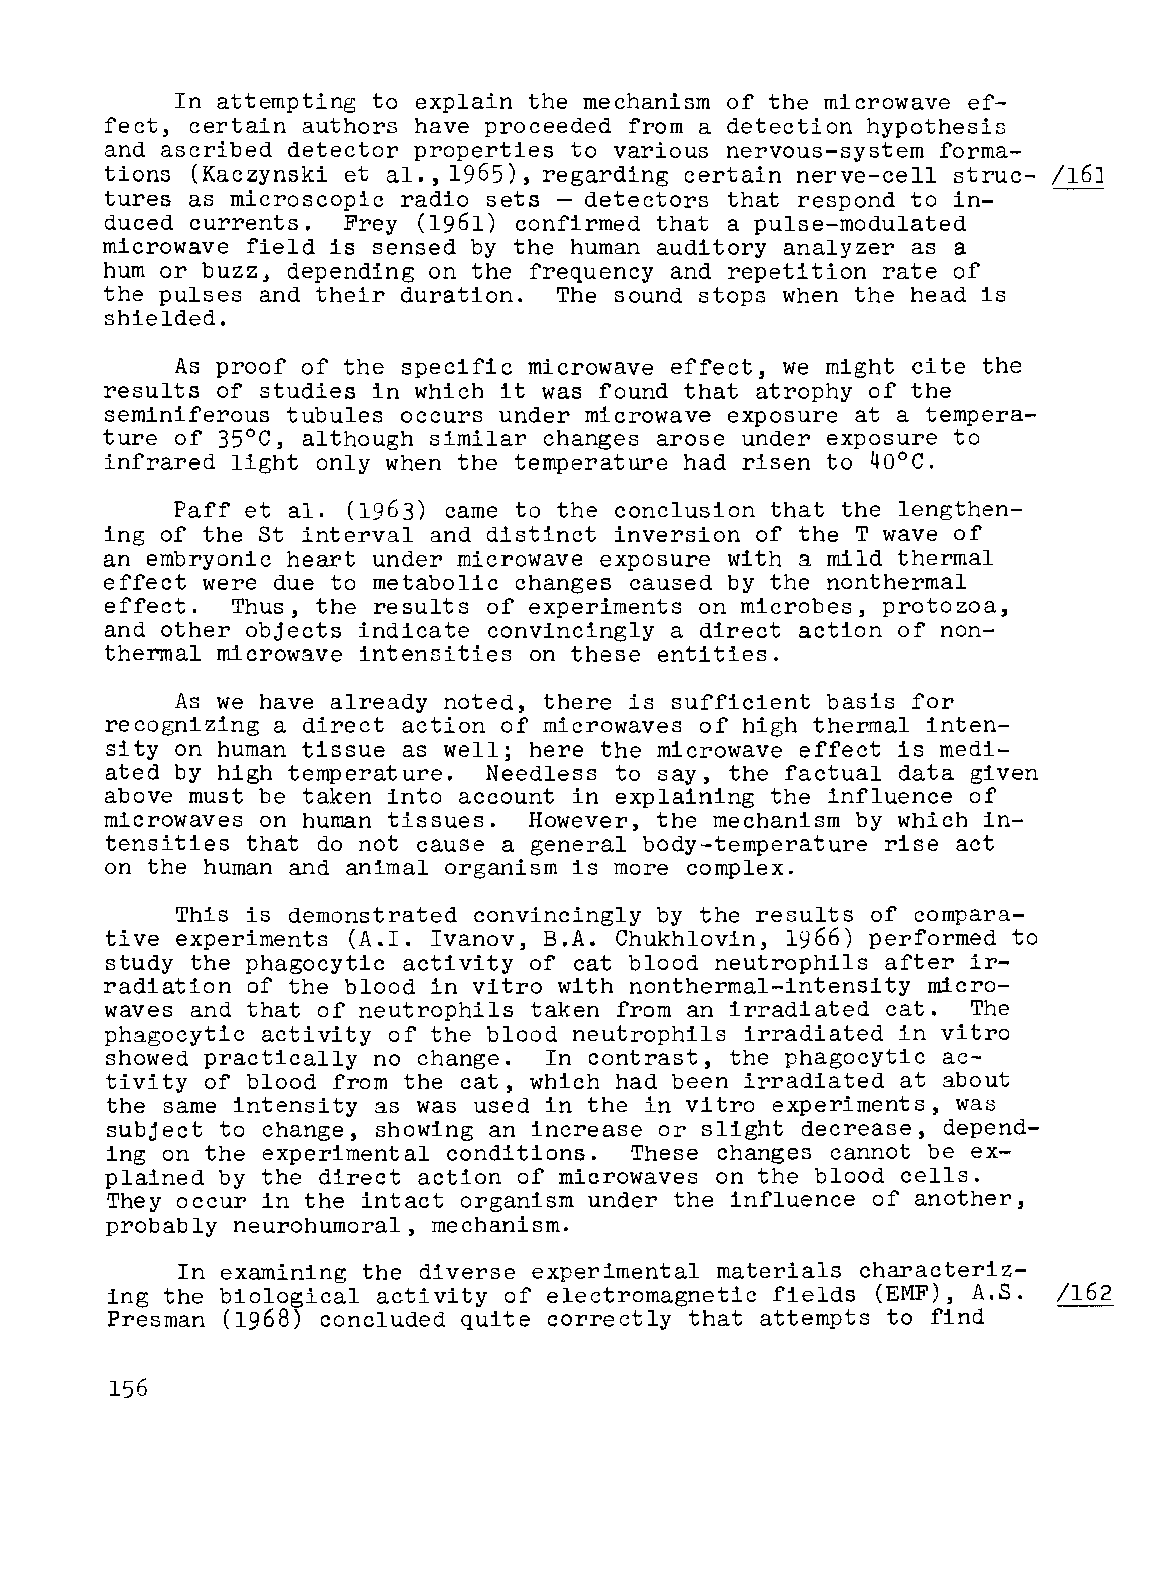
In attempting to explain the mechanism of the microwave ef
 fect, certain authors have proceeded from a detection hypothesis
 and ascribed detector properties to various nervous-system forma
 tions (Kaczynski et al., 1965), regarding certain nerve-cell struc
 tures as microscopic radio sets - detectors that respond to in
 duced currents. Frey (1961) confirmed that a pulse-modulated
 microwave field is sensed by the human auditory analyzer as a
 hum or buzz, depending on the frequency and repetition rate of
 the pulses and their duration. The sound stops when the head is
 shielded.
 As proof of the specific microwave effect, we might cite the
 results of studies in which it was found that atrophy of the
 seminiferous tubules occurs under microwave exposure at a tempera
 ture of 35°C, although similar changes arose under exposure to
 infrared light only when the temperature had risen to 40°C.
 Paff et al. (1963) came to the conclusion that the lengthen
 ing of the St interval and distinct inversion of the T wave of
 an embryonic heart under microwave exposure with a mild thermal
 effect were due to metabolic changes caused by the nonthermal
 effect. Thus, the results of experiments on microbes, protozoa,
 and other objects indicate convincingly a direct action of non
 thermal microwave intensities on these entities.
 As we have already noted, there is sufficient basis for
 recognizing a direct action of microwaves of high thermal inten
 sity on human tissue as well; here the microwave effect is medi
 ated by high temperature. Needless to say, the factual data given
 above must be taken into account in explaining the influence of
 microwaves on human tissues. However, the mechanism by which in
 tensities that do not cause a general body-temperature rise act
 on the human and animal organism is more complex.
 This is demonstrated convincingly by the results of compara
 tive experiments (A.I. Ivanov, B.A. Chukhlovin, 1966) performed to
 study the phagocytic activity of cat blood neutrophils after ir
 radiation of the blood in vitro with nonthermal-intensity micro
 waves and that of neutrophils taken from an irradiated cat. The
 phagocytic activity of the blood neutrophils irradiated in vitro
 showed practically no change. In contrast, the phagocytic ac
 tivity of blood from the cat, which had been irradiated at about
 the same intensity as was used in the in vitro experiments, was
 subject to change, showing an increase or slight decrease, depend
 ing on the experimental conditions. These changes cannot be ex
 plained by the direct action of microwaves on the blood cells.
 They occur in the intact organism under the influence of another,
 probably neurohumoral, mechanism.
 In examining the diverse experimental materials characteriz-
 ing the biological activity of electromagnetic fields (EMF), A.S. /162
 Presman (1968) concluded quite correctly that attempts to find
 156